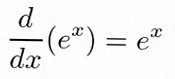
\frac{d}{dx}(e^x)=e^x